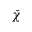
\check { \chi }